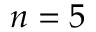
n = 5